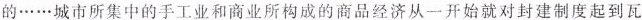
的……城市所集中的手工业和商业所构成的商品经济从一开始就对封建制度起到瓦